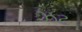
ઝટ